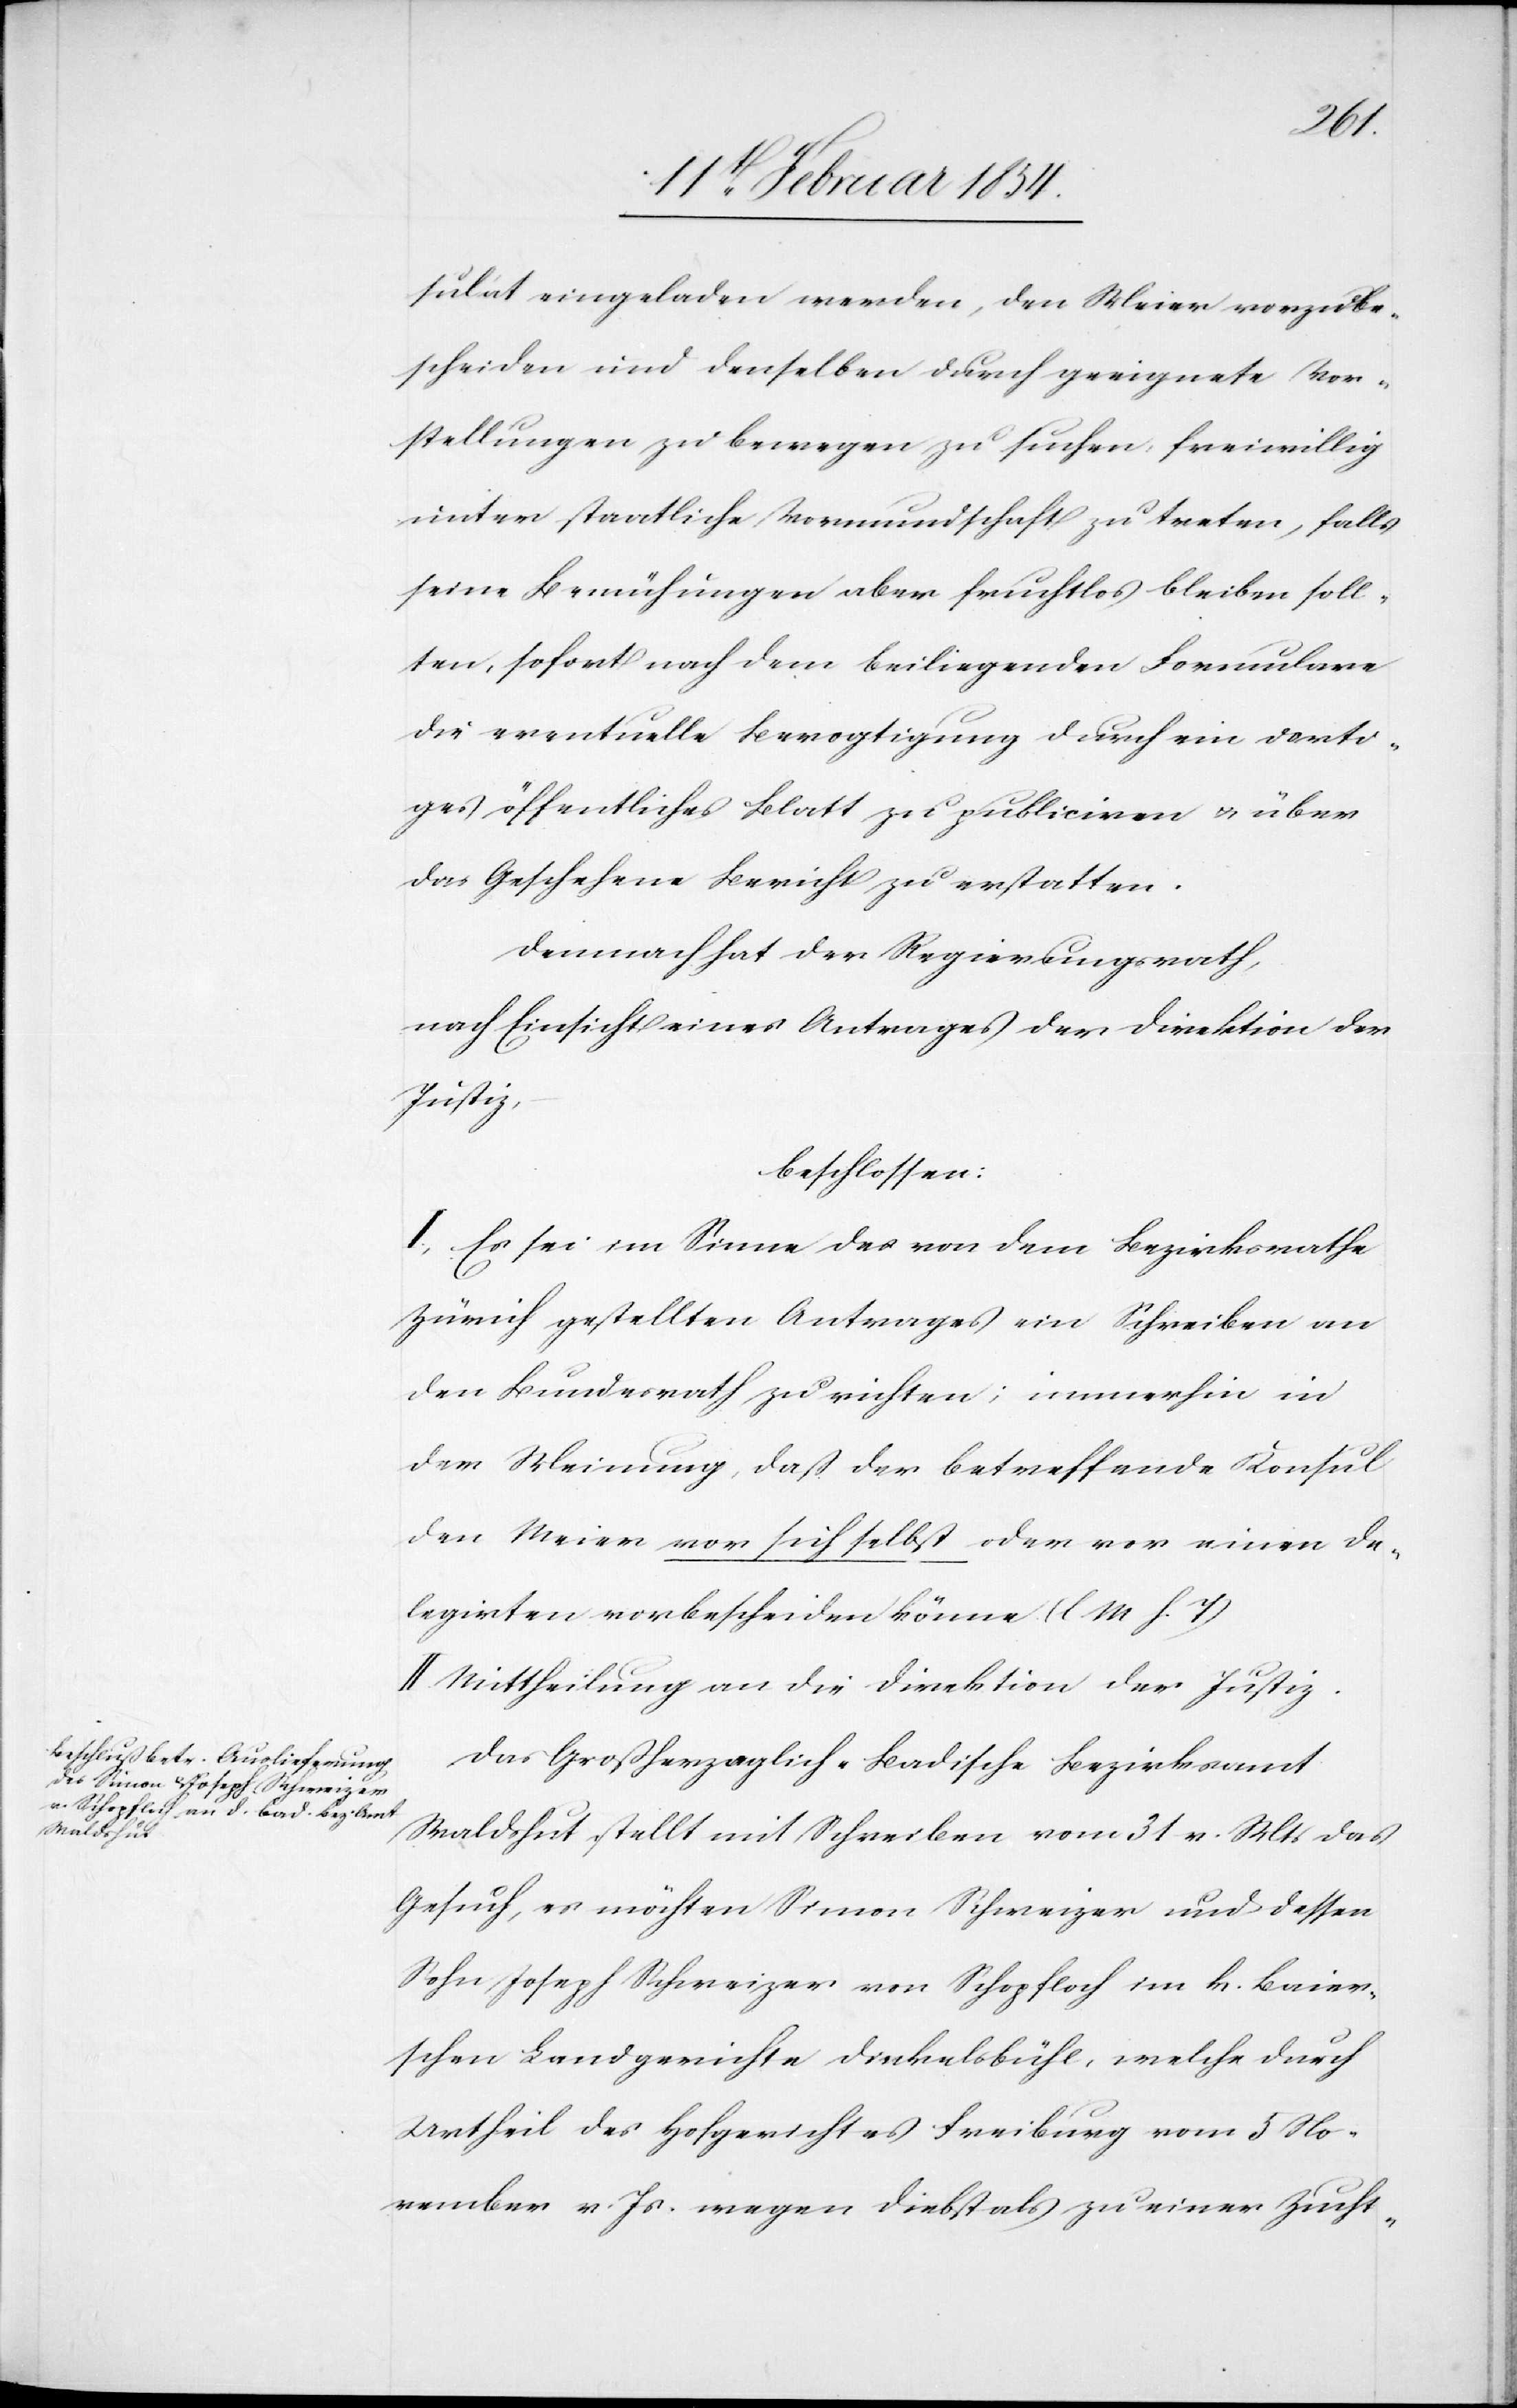
sulat eingeladen werden, den Meier [sic!] vorzube¬
scheiden und denselben durch geeignete Vor¬
stellungen zu bewegen zu suchen, freiwillig
unter staatliche Vormundschaft zu treten, falls
seine Bemühungen aber fruchtlos bleiben soll¬
ten, sofort nach dem beiliegenden Formulare
die eventuelle Bevogtigung durch ein dorti¬
ges öffentliches Blatt zu publiciren u. über
das Geschehen Bericht zu erstatten.
Demnach hat der Regierungsrath,
nach Einsicht eines Antrages der Direktion der
Justiz,
beschlossen:
I. Es sei im Sinne des von dem Bezirksrathe
Zürich gestellten Antrages ein Schreiben an
den Bundesrath zu richten; immerhin in
der Meinung, daß der betreffende Konsul
den Meier vor sich selbst oder vor einen De¬
legirten vorbescheiden könne (l. M. h. T.)
II. Mittheilung an die Direktion der Justiz.
Das Großherzoglich-Badische Bezirksamt
Waldshut stellt mit Schreiben vom 31 v. Mts das
Gesuch, es möchten Simon Schweizer und dessen
Sohn Joseph Schweizer von Schopfloch im k. baier¬
schen Landgerichte Dinkelsbühl, welche durch
Urtheil des Hofgerichtes Freiburg vom 5 No¬
vember v. Js. wegen Diebstahls zu einer Zucht-